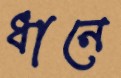
ধানে